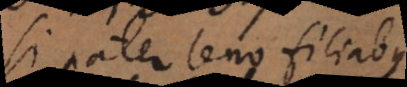
si pater leno filiabus